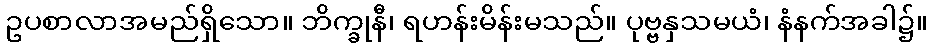
ဥပစာလာအမည်ရှိသော။ ဘိက္ခုနီ၊ ရဟန်းမိန်းမသည်။ ပုဗ္ဗနှသမယံ၊ နံနက်အခါ၌။